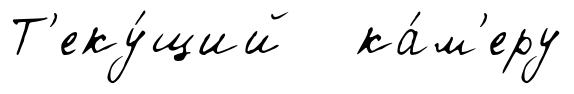
Т'еку́щий ка́м'еру